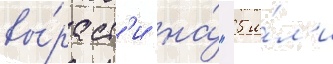
вы́раст'и на́ "5 и́л'и